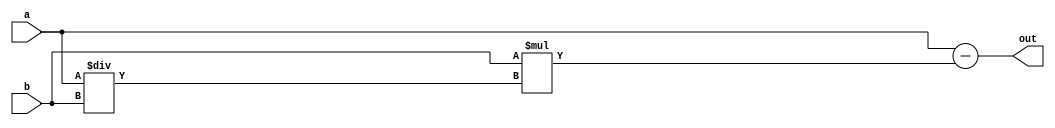
module modulo_24 (
    input [15:0] a,
    input [15:0] b,
    output reg [15:0] out
  );
  
  
  
  reg [15:0] s;
  
  always @* begin
    s = a / b;
    out = a - b * s;
  end
endmodule